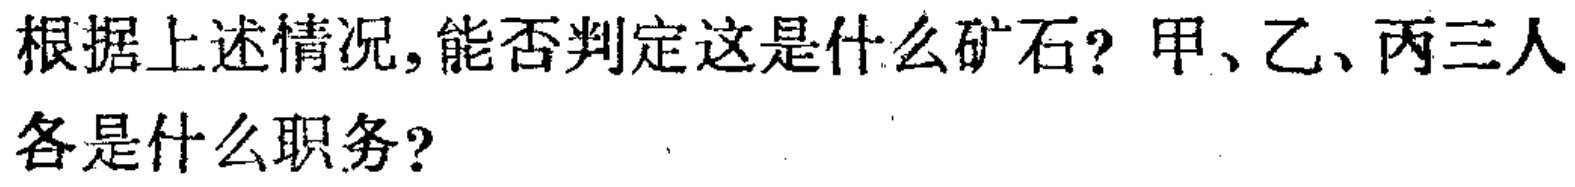
根据上述情况,能否判定这是什么矿石? 甲、乙、丙三人各是什么职务?